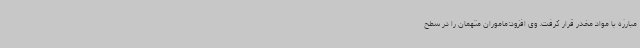
مبارزه با مواد مخدر قرار گرفت. وی افزود:ماموران متهمان را در سطح